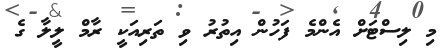
މި ލިސްޓަށް އެންމެ ފަހުން އިތުރު ވި ތަރިއަކީ ރާމް ލީލާ ގެ